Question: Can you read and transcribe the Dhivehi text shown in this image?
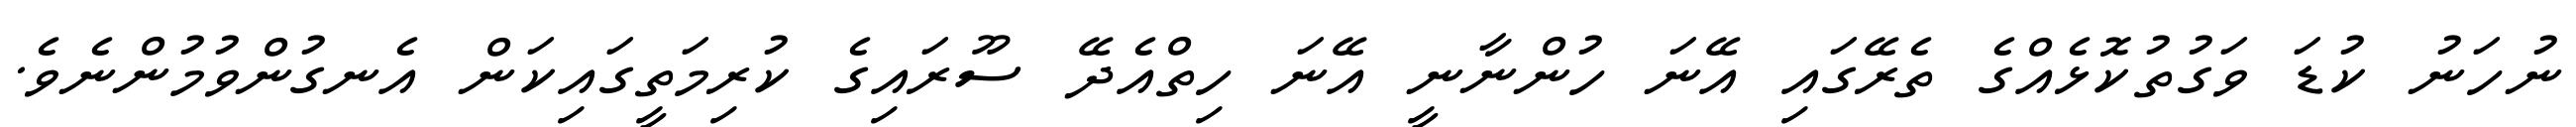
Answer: ނުހަނު ކުޑަ ވަގުތުކޮޅެއްގެ ތެރޭގައި އޭނަ ހުންނާނީ އޭނަ ހިތްއެދޭ ސޫރައިގެ ކުރިމަތީގައިކަން އެނގުންވުމުންނެވެ.